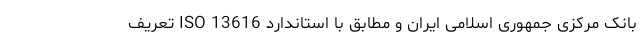
بانک مرکزی جمهوری اسلامی ایران و مطابق با استاندارد ISO 13616 تعریف